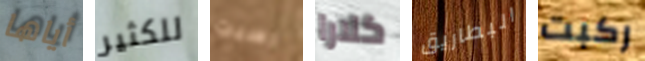
أياها للكثير رسبت كلارا البطاريق ركبت